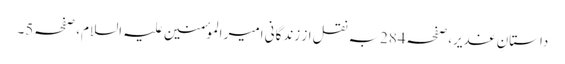
داستانِ غدیر،صفحہ284بہ نقل از زندگانیِ امیر الموٴمنین علیہ السلام، صفحہ5۔